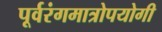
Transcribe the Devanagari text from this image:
पूर्वरंगमात्रोपयोगी